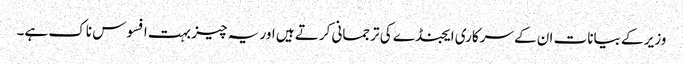
وزیر کے بیانات ان کے سرکاری ایجنڈے کی ترجمانی کرتے ہیں اور یہ چیز بہت افسوس ناک ہے۔